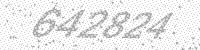
Solution: 642824